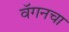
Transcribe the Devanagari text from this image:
वॅगनचा